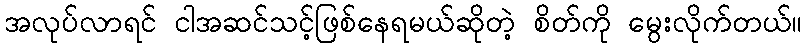
အလုပ်လာရင် ငါအဆင်သင့်ဖြစ်နေရမယ်ဆိုတဲ့ စိတ်ကို မွေးလိုက်တယ်။